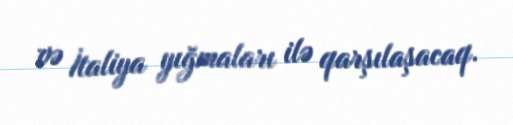
və İtaliya yığmaları ilə qarşılaşacaq.